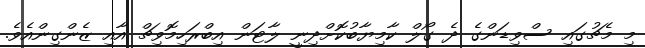
މި މެޗުގައި ސްވިޑަންގެ ދެ ގޯލް ކާމިޔާބުކޮށްދިނީ ލާޓަން އިބްރަހިމޮވިޗް އާއި ޒެންގިންއެވެ.